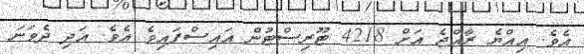
އެވެ. އިއްޔެ ރާއްޖެ އަށް 4218 ޓޫރިސްޓުން އައިސްފައިވެ އެވެ. އަދި ދެވަނަ